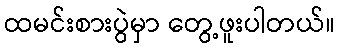
ထမင်းစားပွဲမှာ တွေ့ဖူးပါတယ်။